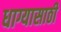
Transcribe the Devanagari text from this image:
धाग्यासाठी